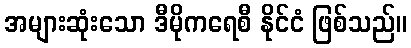
အများဆုံးသော ဒီမိုကရေစီ နိုင်ငံ ဖြစ်သည်။